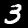
Digit: 3